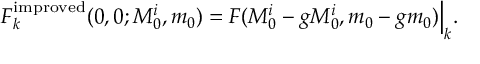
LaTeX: F _ { k } ^ { \mathrm { i m p r o v e d } } ( 0 , 0 ; M _ { 0 } ^ { i } , m _ { 0 } ) = F ( M _ { 0 } ^ { i } - g M _ { 0 } ^ { i } , m _ { 0 } - g m _ { 0 } ) \Big | _ { k } .